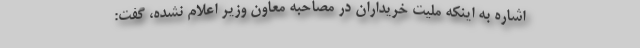
اشاره به اینکه ملیت خریداران در مصاحبه معاون وزیر اعلام نشده، گفت: